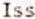
ISS